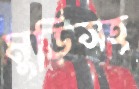
মুড়িসহ